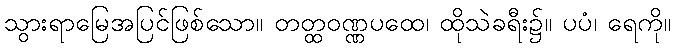
သွားရာမြေအပြင်ဖြစ်သော။ တတ္ထဝဏ္ဏပထေ၊ ထိုသဲခရီး၌။ ပပံ၊ ရေကို။